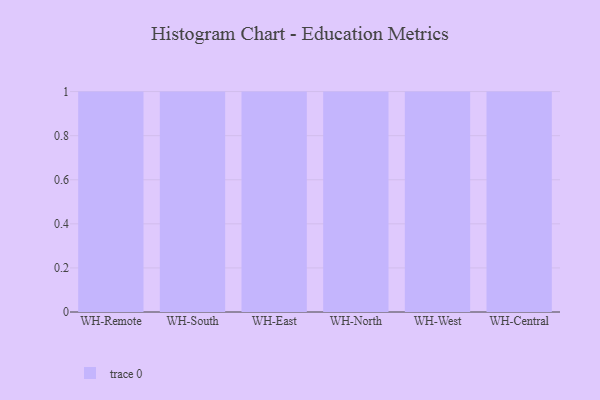
{"axis": {"x": "Warehouse", "y": "Market Share (%)"}, "legend": [""], "data": [{"x": "WH-Remote", "y": 24, "type": ""}, {"x": "WH-South", "y": 33, "type": ""}, {"x": "WH-East", "y": 72, "type": ""}, {"x": "WH-North", "y": 65, "type": ""}, {"x": "WH-West", "y": 38, "type": ""}, {"x": "WH-Central", "y": 70, "type": ""}]}